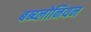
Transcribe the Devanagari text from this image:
बब्य्लोनियन